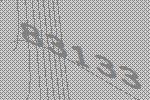
83133